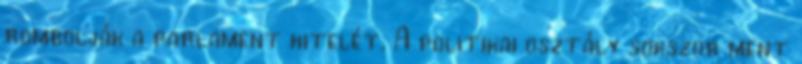
rombolják a parlament hitelét. A politikai osztály sokszor ment